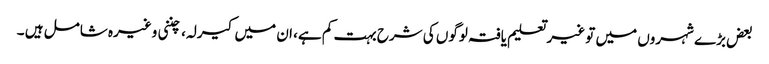
بعض بڑے شہروں میں تو غیر تعلیم یافتہ لوگوں کی شرح بہت کم ہے، ان میں کیرلہ، چننی وغیرہ شامل ہیں ۔